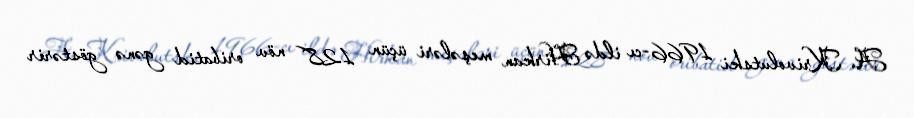
A. Krivolutski 1966-cı ildə Hirkan meşələri üçün 128 növ oribatid gənə göstərir